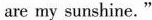
are my sunshine."